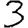
Digit: 3